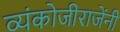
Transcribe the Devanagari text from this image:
व्यंकोजीराजेंनी